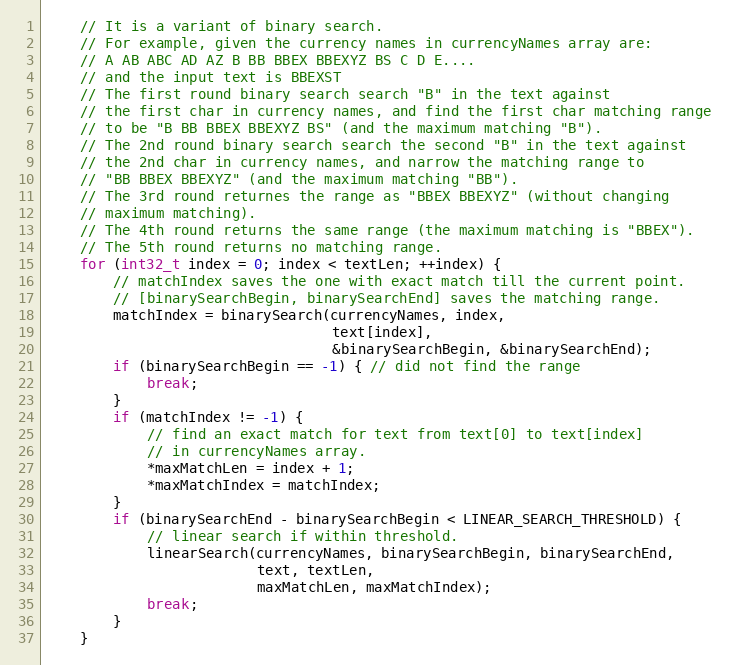
Language: C++
    // It is a variant of binary search.
    // For example, given the currency names in currencyNames array are:
    // A AB ABC AD AZ B BB BBEX BBEXYZ BS C D E....
    // and the input text is BBEXST
    // The first round binary search search "B" in the text against
    // the first char in currency names, and find the first char matching range
    // to be "B BB BBEX BBEXYZ BS" (and the maximum matching "B").
    // The 2nd round binary search search the second "B" in the text against
    // the 2nd char in currency names, and narrow the matching range to
    // "BB BBEX BBEXYZ" (and the maximum matching "BB").
    // The 3rd round returnes the range as "BBEX BBEXYZ" (without changing
    // maximum matching).
    // The 4th round returns the same range (the maximum matching is "BBEX").
    // The 5th round returns no matching range.
    for (int32_t index = 0; index < textLen; ++index) {
        // matchIndex saves the one with exact match till the current point.
        // [binarySearchBegin, binarySearchEnd] saves the matching range.
        matchIndex = binarySearch(currencyNames, index,
                                  text[index],
                                  &binarySearchBegin, &binarySearchEnd);
        if (binarySearchBegin == -1) { // did not find the range
            break;
        }
        if (matchIndex != -1) {
            // find an exact match for text from text[0] to text[index]
            // in currencyNames array.
            *maxMatchLen = index + 1;
            *maxMatchIndex = matchIndex;
        }
        if (binarySearchEnd - binarySearchBegin < LINEAR_SEARCH_THRESHOLD) {
            // linear search if within threshold.
            linearSearch(currencyNames, binarySearchBegin, binarySearchEnd,
                         text, textLen,
                         maxMatchLen, maxMatchIndex);
            break;
        }
    }